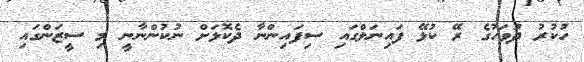
ހުކުރު ދުވަހުގެ ރޭ ކުޅޭ ފައިނަލްގައި ސިފައިންނާ ދެކޮޅަށް ނުކުންނާނީ މި ސީޒަންގައި